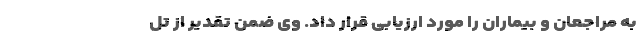
به مراجعان و بیماران را مورد ارزیابی قرار داد. وی ضمن تقدیر از تل